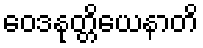
ဝေဒနုတ္တိယေနာတိ